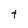
Character: t